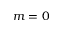
m = 0